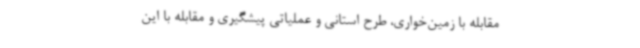
مقابله با زمین‌خواری، طرح استانی و عملیاتی پیشگیری و مقابله با این